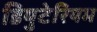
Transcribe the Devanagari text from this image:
डियुटेरियम